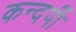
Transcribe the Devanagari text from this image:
कन्दर्पी